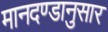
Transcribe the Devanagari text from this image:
मानदण्डानुसार